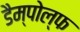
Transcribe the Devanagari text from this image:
डैम्पोल्फ